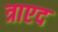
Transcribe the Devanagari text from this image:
त्राएद